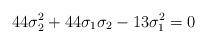
LaTeX: \begin{align*}44\sigma_2^2+44\sigma_1\sigma_2-13\sigma_1^2=0\end{align*}